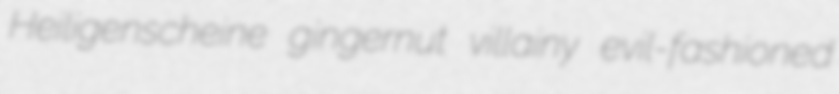
Heiligenscheine gingernut villainy evil-fashioned